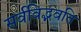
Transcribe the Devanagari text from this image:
सर्वविद्भवति